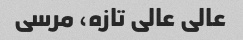
عالی عالی تازه، مرسی